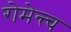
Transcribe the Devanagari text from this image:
रोमेन्त्च